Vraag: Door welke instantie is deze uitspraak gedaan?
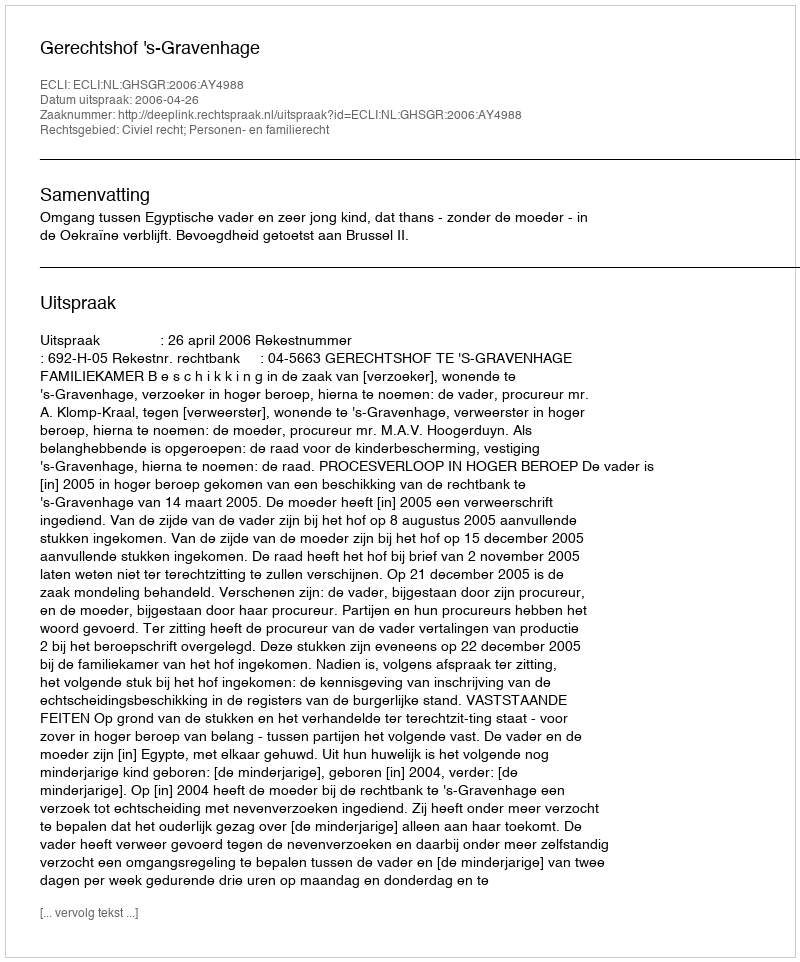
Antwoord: Gerechtshof 's-Gravenhage